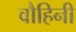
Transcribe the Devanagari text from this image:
वौहिनी